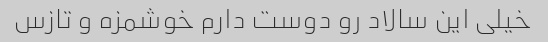
خیلی این سالاد رو دوست دارم خوشمزه و تازس